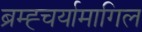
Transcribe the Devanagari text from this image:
ब्रम्ह्चर्यामागिल